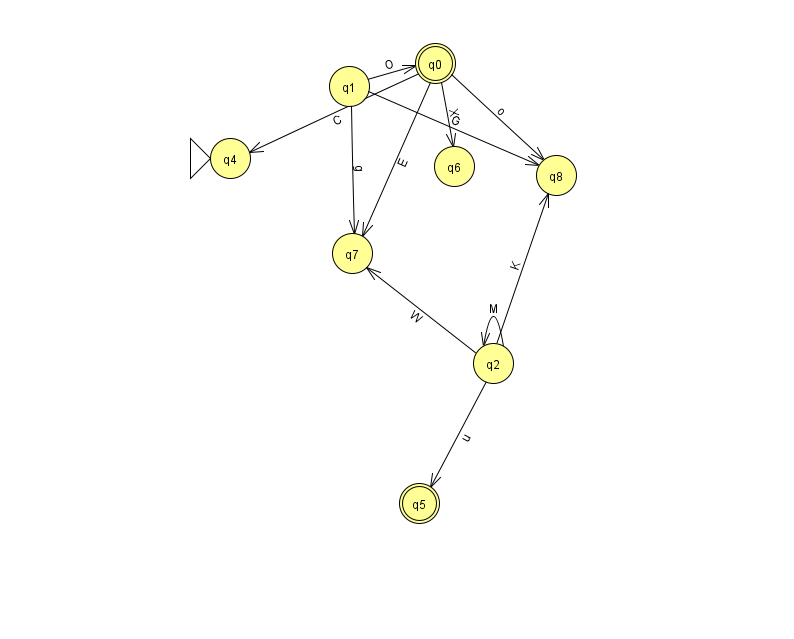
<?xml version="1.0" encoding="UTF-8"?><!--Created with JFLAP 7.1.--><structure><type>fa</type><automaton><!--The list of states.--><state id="0" name="q0"><x>435.0</x><y>50.0</y><final/></state><state id="1" name="q1"><x>349.0</x><y>73.0</y></state><state id="2" name="q2"><x>493.0</x><y>350.0</y></state><state id="4" name="q4"><x>230.0</x><y>145.0</y><initial/></state><state id="5" name="q5"><x>419.0</x><y>490.0</y><final/></state><state id="6" name="q6"><x>454.0</x><y>153.0</y></state><state id="7" name="q7"><x>352.0</x><y>240.0</y></state><state id="8" name="q8"><x>556.0</x><y>162.0</y></state><!--The list of transitions.--><transition><from>0</from><to>6</to><read>X</read></transition><transition><from>1</from><to>7</to><read>g</read></transition><transition><from>1</from><to>0</to><read>O</read></transition><transition><from>0</from><to>7</to><read>E</read></transition><transition><from>2</from><to>8</to><read>K</read></transition><transition><from>2</from><to>7</to><read>W</read></transition><transition><from>2</from><to>2</to><read>M</read></transition><transition><from>0</from><to>4</to><read>C</read></transition><transition><from>1</from><to>8</to><read>G</read></transition><transition><from>0</from><to>8</to><read>o</read></transition><transition><from>2</from><to>5</to><read>u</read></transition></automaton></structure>